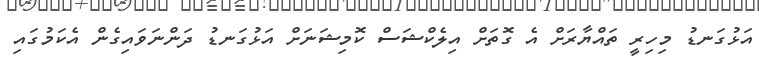
އަޅުގަނޑު މިހިރީ ތައްޔާރަށް އެ ގޮތަށް އިލެކްޝަސް ކޮމިޝަނަށް އަޅުގަނޑު ދަންނަވައިގެން އެކަމުގައި